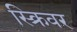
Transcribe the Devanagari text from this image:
स्क्रिवर